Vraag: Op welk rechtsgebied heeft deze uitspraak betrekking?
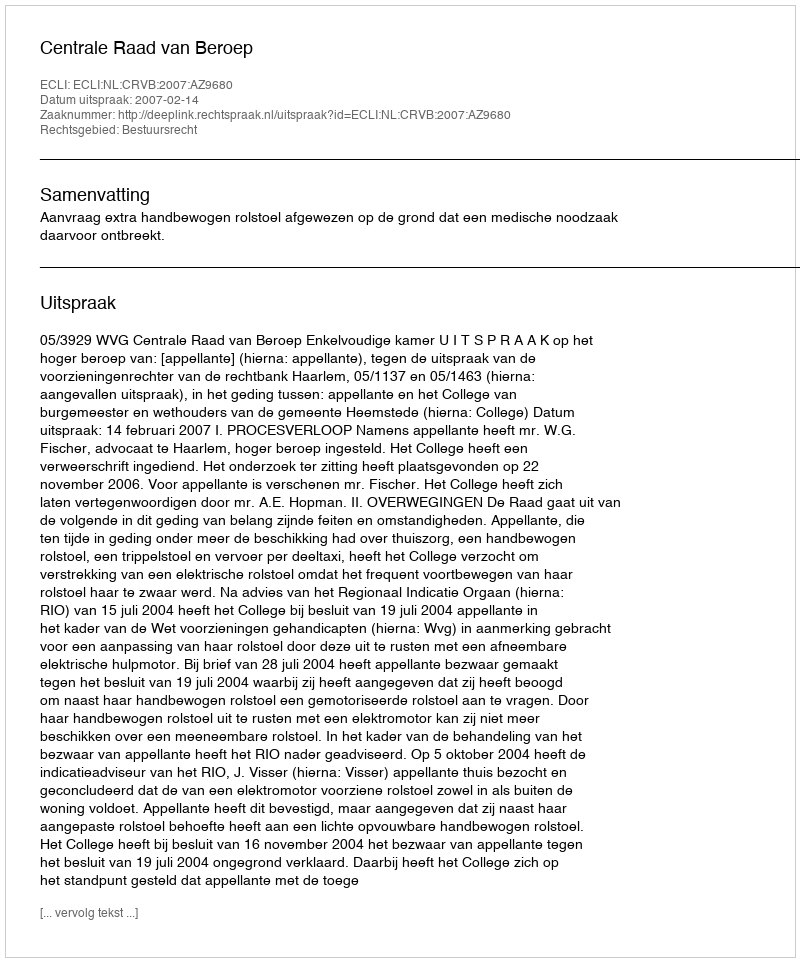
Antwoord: Bestuursrecht